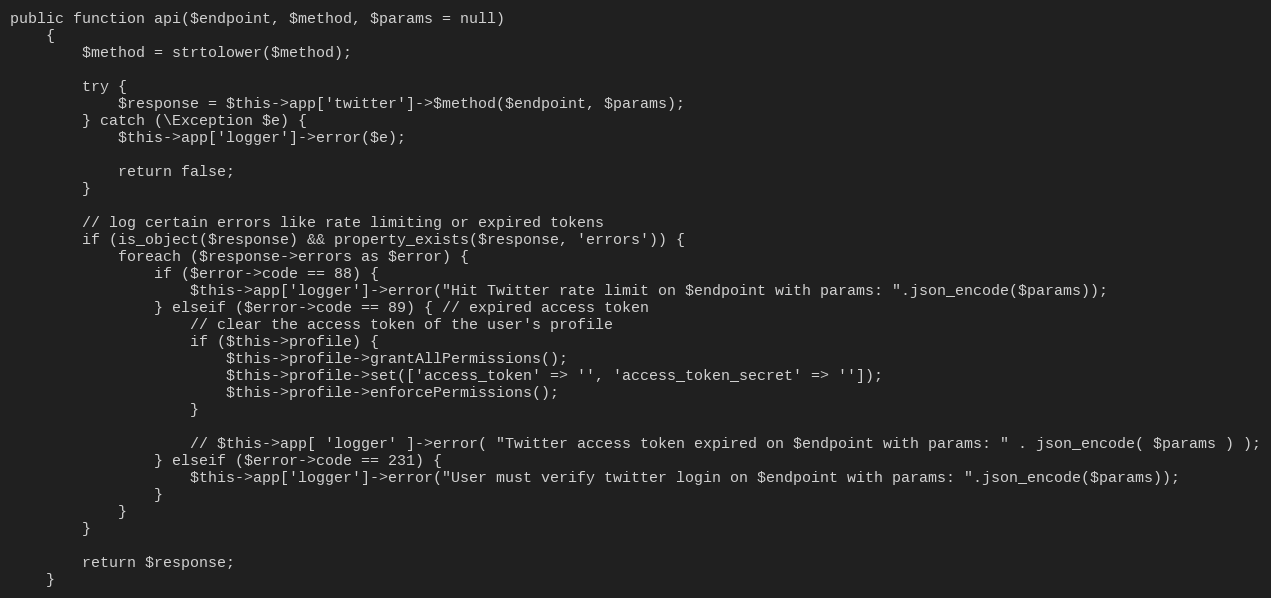
Language: PHP
public function api($endpoint, $method, $params = null)
    {
        $method = strtolower($method);

        try {
            $response = $this->app['twitter']->$method($endpoint, $params);
        } catch (\Exception $e) {
            $this->app['logger']->error($e);

            return false;
        }

        // log certain errors like rate limiting or expired tokens
        if (is_object($response) && property_exists($response, 'errors')) {
            foreach ($response->errors as $error) {
                if ($error->code == 88) {
                    $this->app['logger']->error("Hit Twitter rate limit on $endpoint with params: ".json_encode($params));
                } elseif ($error->code == 89) { // expired access token
                    // clear the access token of the user's profile
                    if ($this->profile) {
                        $this->profile->grantAllPermissions();
                        $this->profile->set(['access_token' => '', 'access_token_secret' => '']);
                        $this->profile->enforcePermissions();
                    }

                    // $this->app[ 'logger' ]->error( "Twitter access token expired on $endpoint with params: " . json_encode( $params ) );
                } elseif ($error->code == 231) {
                    $this->app['logger']->error("User must verify twitter login on $endpoint with params: ".json_encode($params));
                }
            }
        }

        return $response;
    }